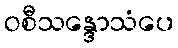
ဝစီသန္ဒောသံပေ